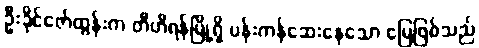
ဦးခိုင်ဇော်ထွန်းက တီဟီရန်မြို့ရှိ ပန်းကန်ဆေးနေသော မြေဖြစ်သည်